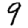
Digit: 9